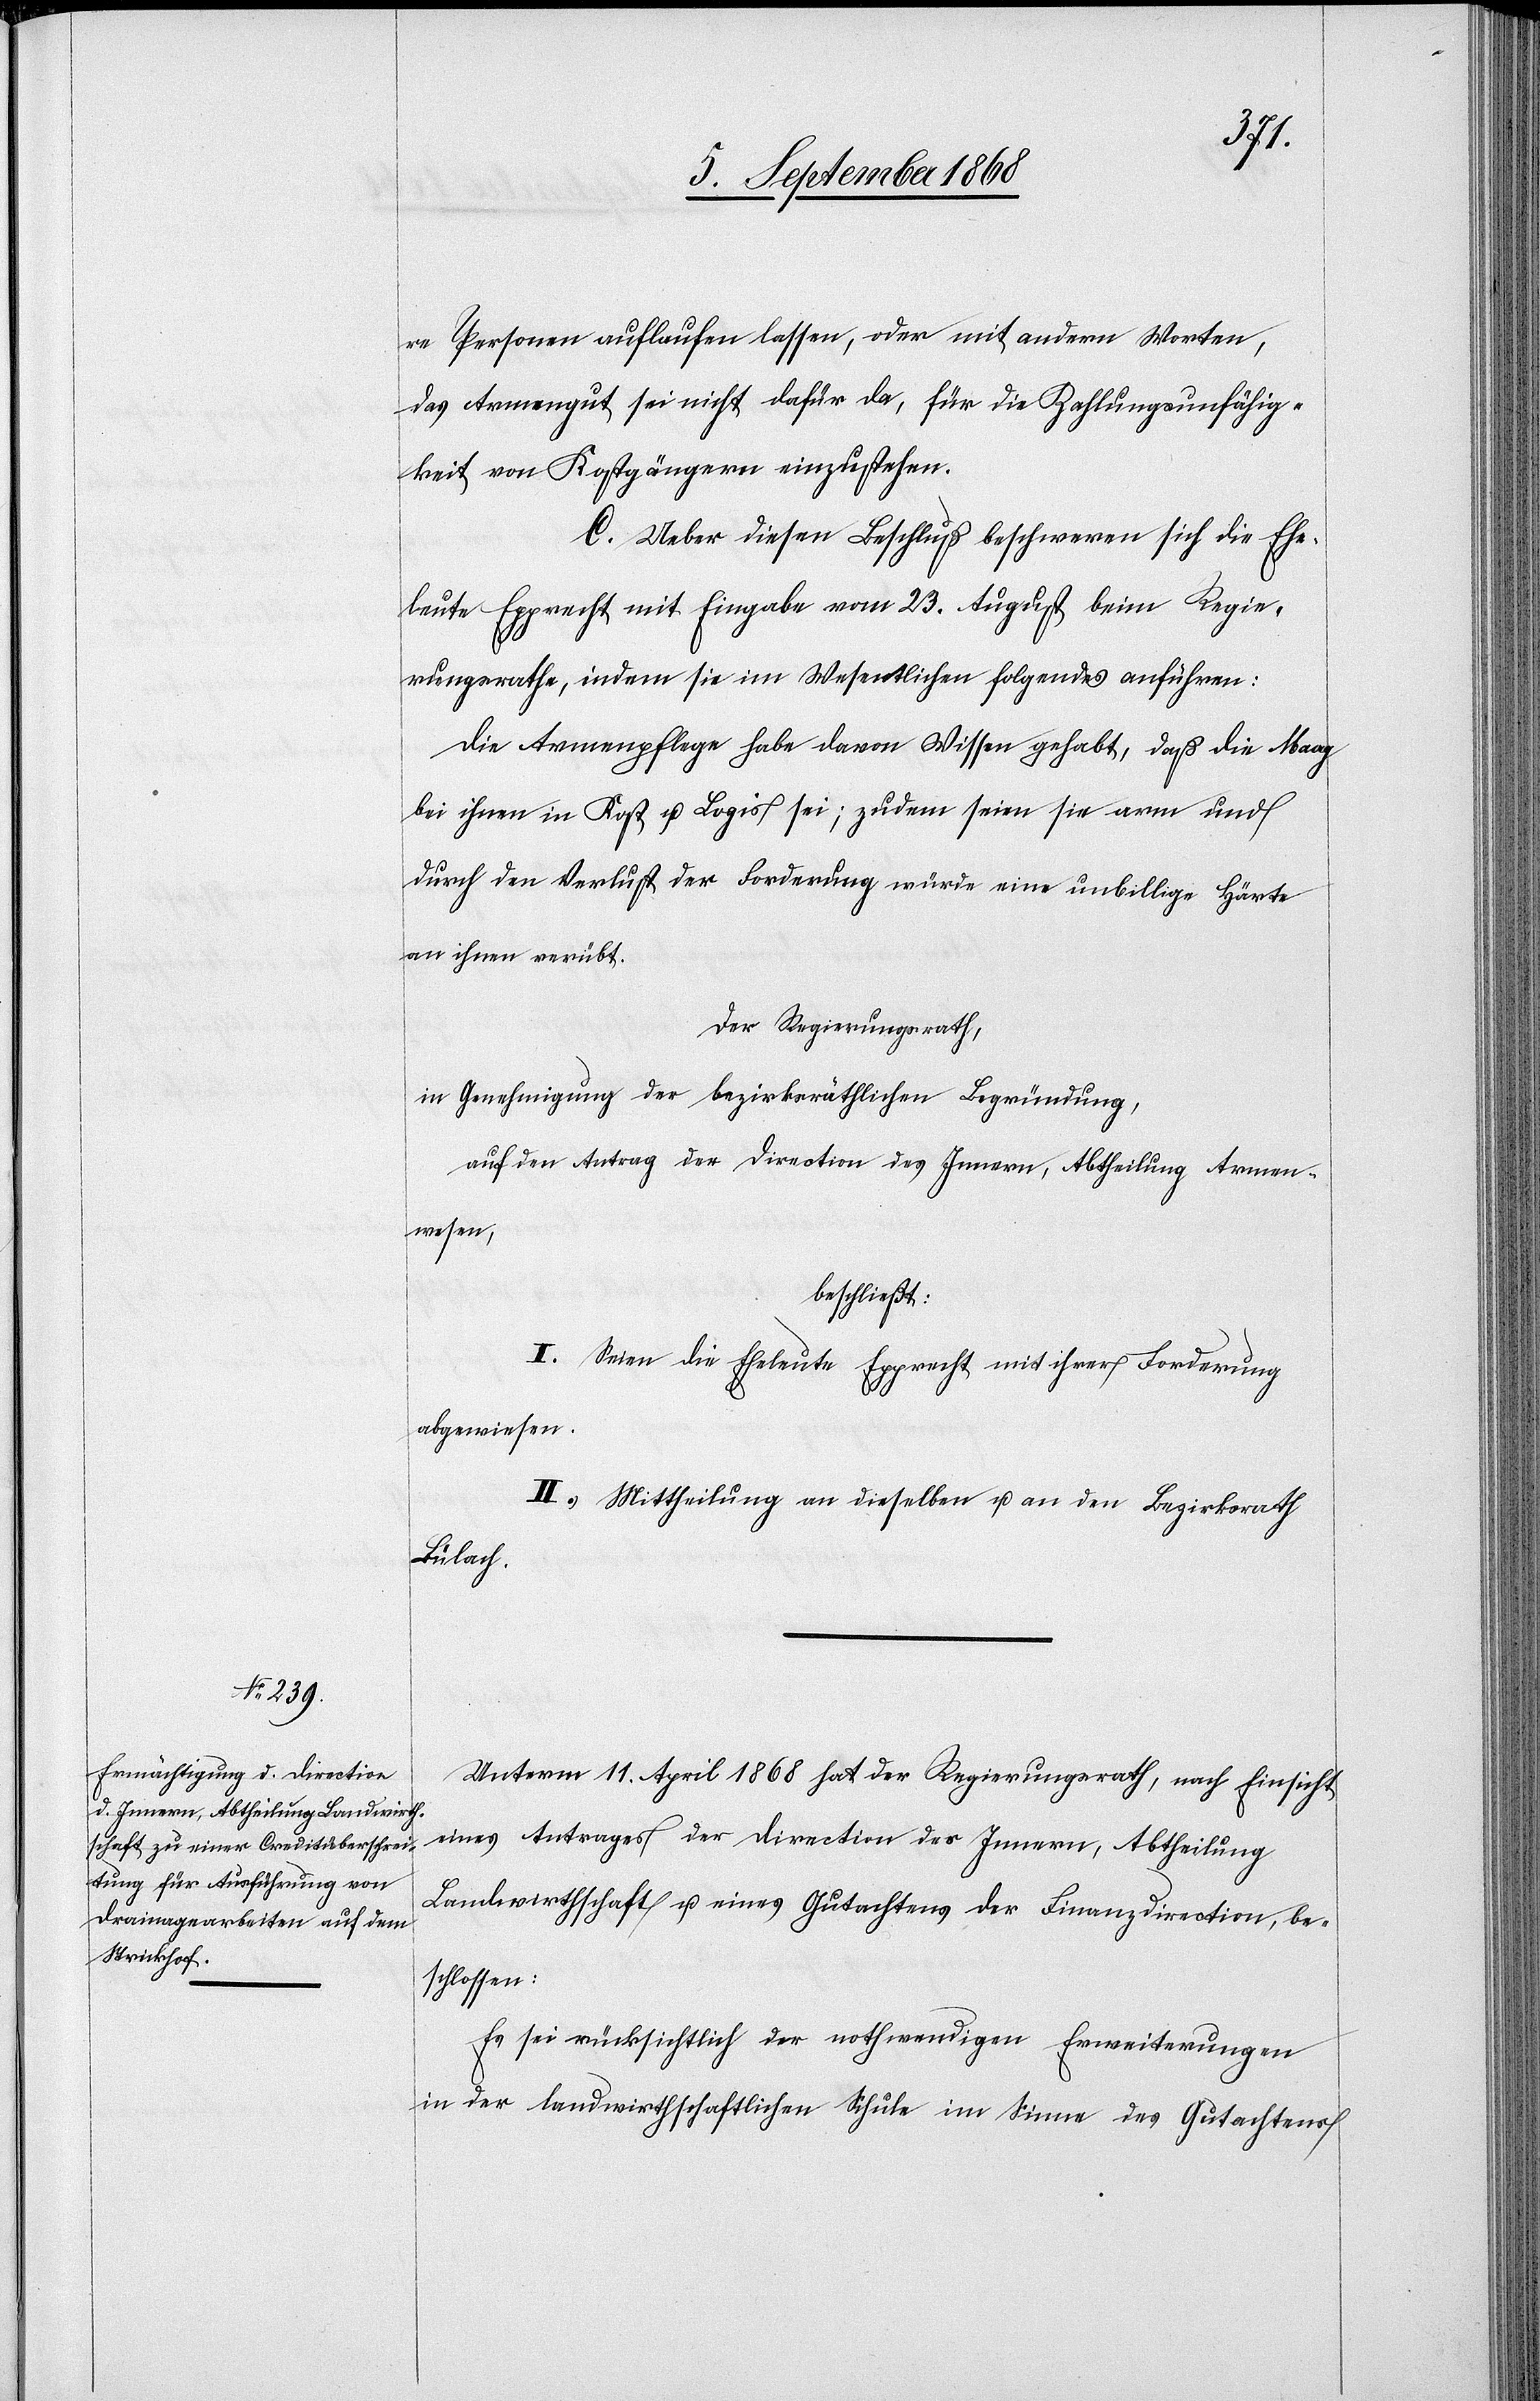
re Personen auflaufen lassen, oder mit andern Worten,
das Armengut sei nicht dafür da, für die Zahlungsunfähig¬
keit von Kostgängern einzustehen.
C. Ueber diesen Beschluß beschweren sich die Ehe¬
leute Epprecht mit Eingabe vom 23. August beim Regie¬
rungsrathe, indem sie im Wesentlichen folgendes anführen:
Die Armenpflege habe davon Wissen gehabt, daß die Maag
bei ihnen in Kost u. Logis sei; zudem seien sie arm und
durch den Verlust der Forderung würde eine unbillige Härte
an ihnen verübt.
Der Regierungsrath,
in Genehmigung der bezirksräthlichen Begründung,
auf den Antrag der Direction des Innern, Abtheilung Armen¬
wesen,
beschließt:
I. Seien die Eheleute Epprecht mit ihrer Forderung
abgewiesen.
II. Mittheilung an dieselben u. an den Bezirksrath
Bülach.
Unterm 11. April 1868 hat der Regierungsrath, nach Einsicht
eines Antrages der Direction des Innern, Abtheilung
Landwirthschaft u. eines Gutachtens der Finanzdirection, be¬
schlossen:
Es sei rücksichtlich der nothwendigen Erweiterungen
in der landwirthschaftlichen Schule im Sinne des Gutachtens